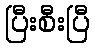
ပြီးစီးပြီ